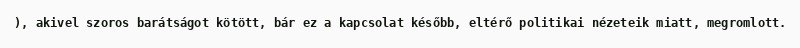
), akivel szoros barátságot kötött, bár ez a kapcsolat később, eltérő politikai nézeteik miatt, megromlott.